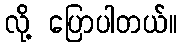
လို့ ပြောပါတယ်။